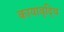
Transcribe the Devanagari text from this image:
कायावृद्धि